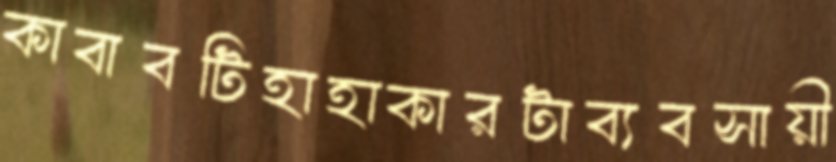
কাবাবটিহাহাকারটাব্যবসায়ী